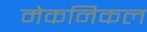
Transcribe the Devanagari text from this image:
मेकनिकल